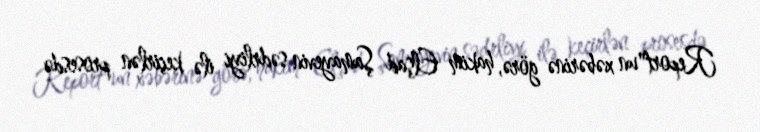
Report"un xəbərinə görə, hakim Elşad Şamayevin sədrliyi ilə keçirlən prosesdə